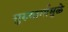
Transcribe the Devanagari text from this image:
गुरुमार्गामुळे